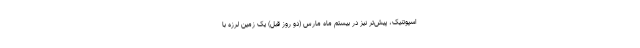
اسپوتنیک، پیش‌تر نیز در بیستم ماه مارس (دو روز قبل) یک زمین لرزه با